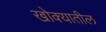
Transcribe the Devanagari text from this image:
खोक्यातील